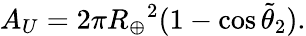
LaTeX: A_{U}=2\pi{R_{\oplus}}^{2}(1-\cos{\tilde{\theta}_{2}}).